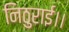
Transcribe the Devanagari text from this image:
निठुराई।।